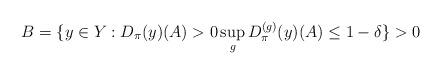
LaTeX: \begin{align*}B = \{ y \in Y : D_{\pi}(y)(A) > 0 \sup_{g} D_{\pi}^{(g)}(y)(A) \leq 1 - \delta \} > 0\end{align*}